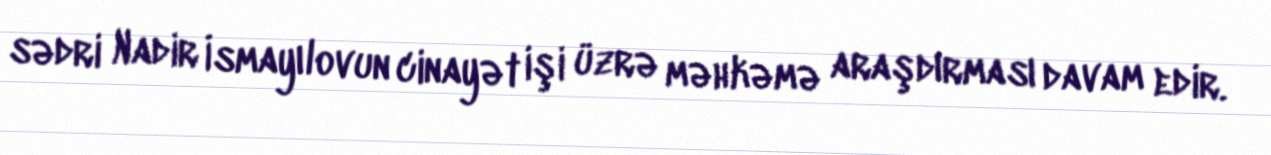
sədri Nadir İsmayılovun cinayət işi üzrə məhkəmə araşdırması davam edir.